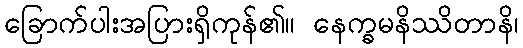
ခြောက်ပါးအပြားရှိကုန်၏။ နေက္ခမနိဿိတာနိ၊